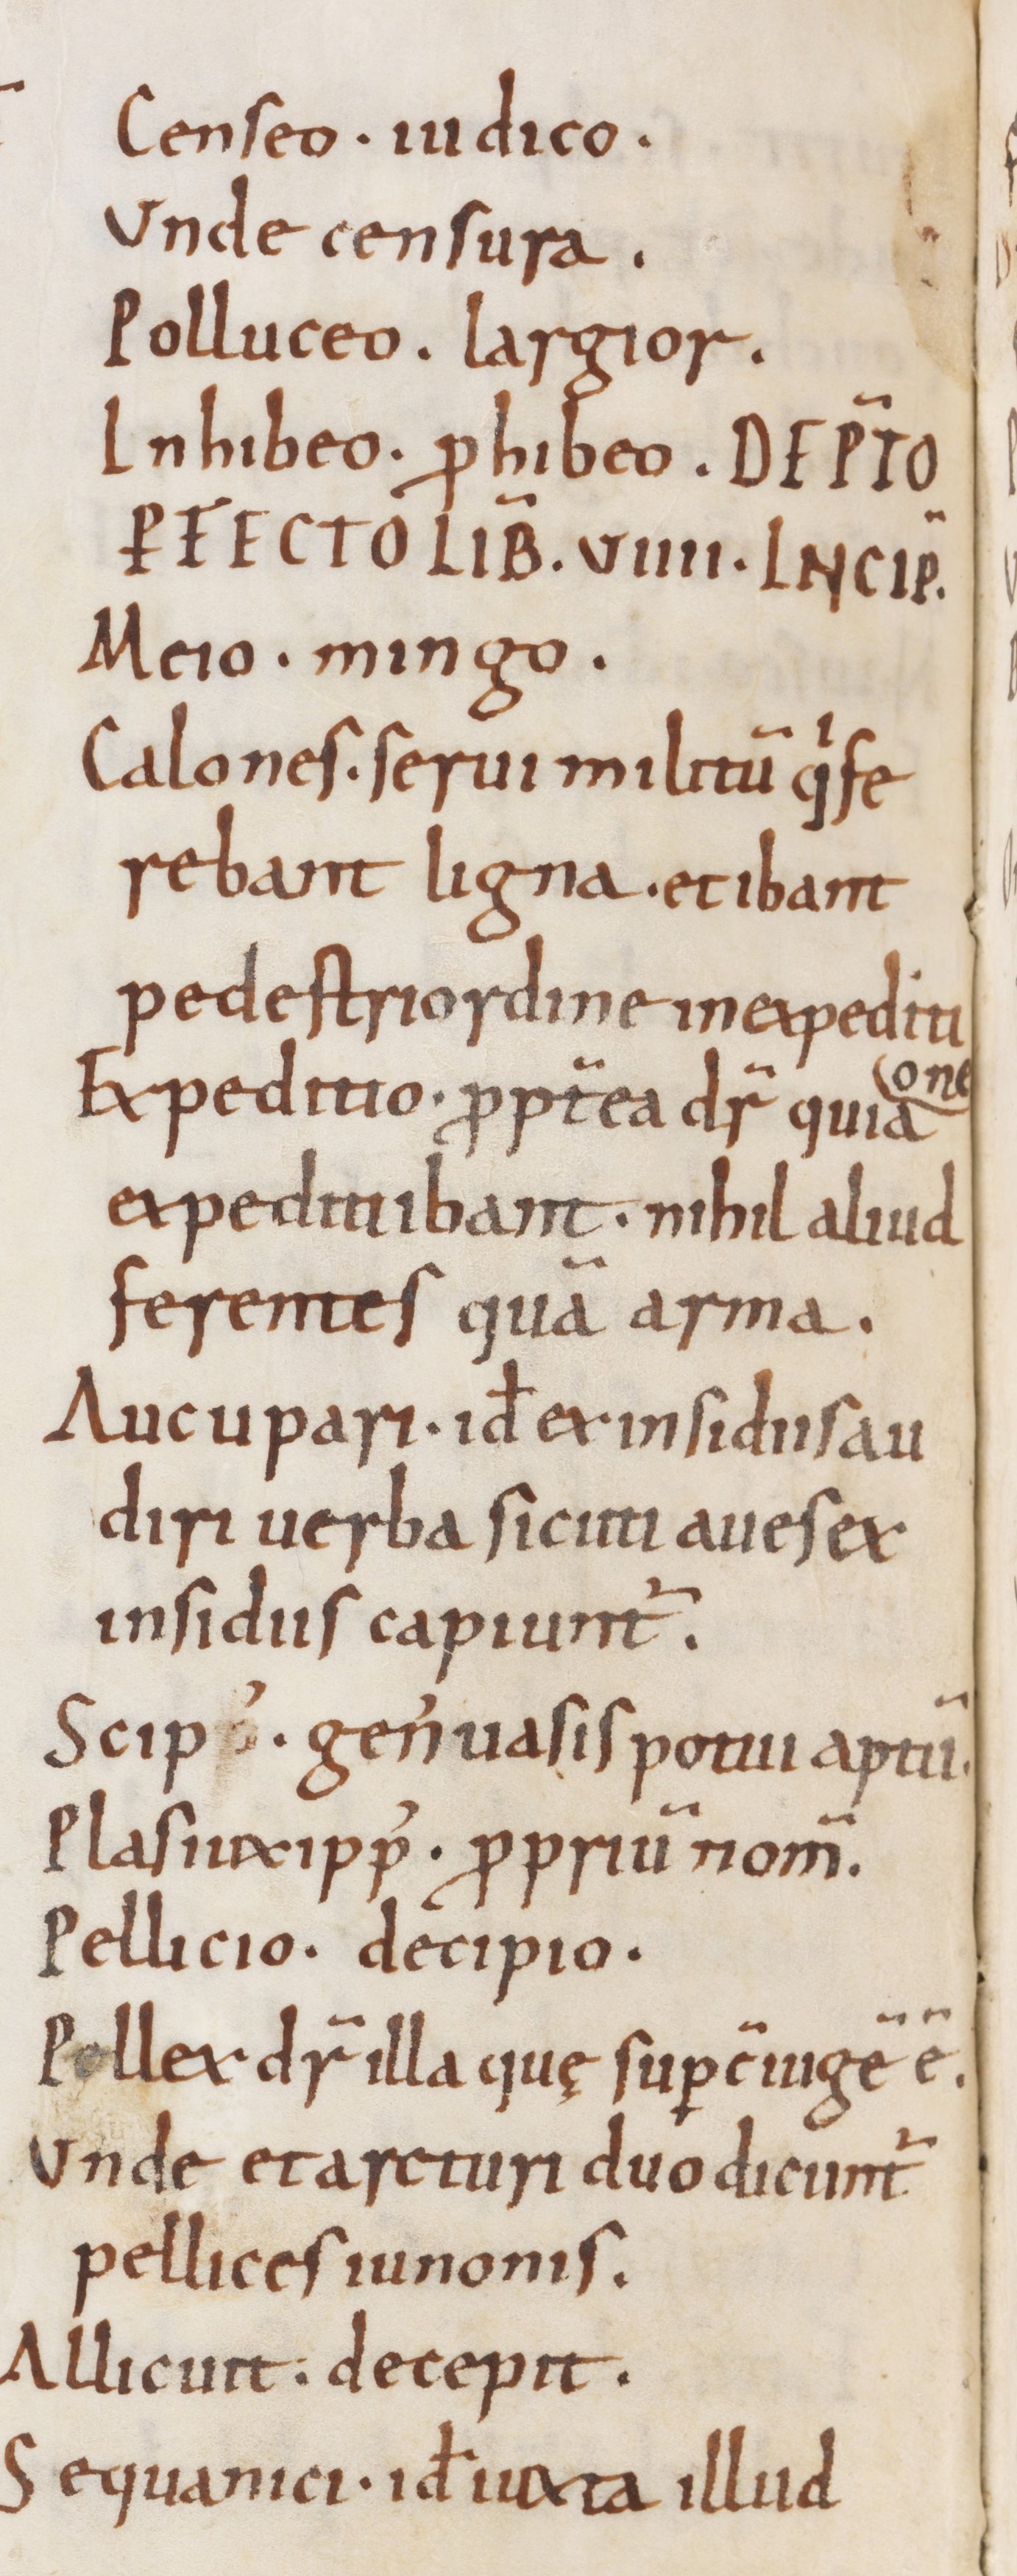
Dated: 900–1199